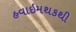
હવાઇમથકથી